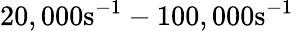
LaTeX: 20,000\textrm{s}^{-1}-100,000\textrm{s}^{-1}